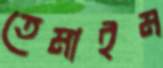
তেমাইম